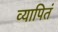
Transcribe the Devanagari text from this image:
व्यापितं